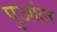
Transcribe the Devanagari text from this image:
पुआंल